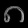
Digit: ၈